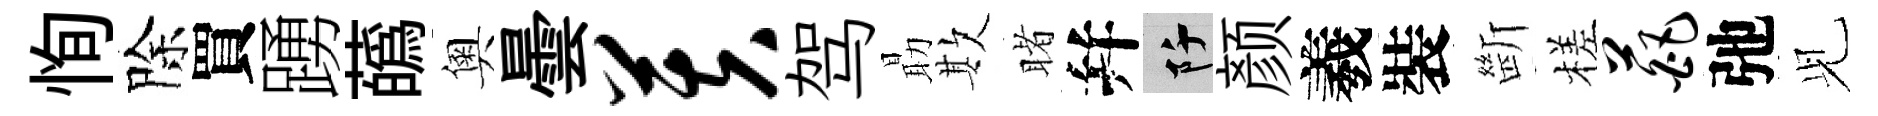
恂除買踴蘤奧曇芙驾朂欺睹幷阡颜羲裝㫁槎葩弛𫤗